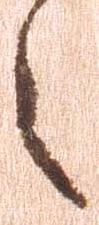
之